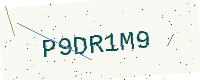
Text: P9DR1M9